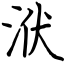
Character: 洑